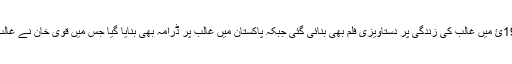
پاکستان میں 1969ئ میں غالب کی زندگی پر دستاویزی فلم بھی بنائی گئی جبکہ پاکستان میں غالب پر ڈرامہ بھی بنایا گیا جس میں قوی خان نے غالب کا کردار ادا کیا۔